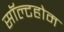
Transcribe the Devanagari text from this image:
सॉल्टहोम